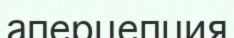
аперцепция